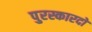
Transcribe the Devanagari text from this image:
पुरस्कारदो